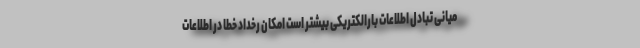
میانی تبادل اطلاعات بارالکتریکی بیشتر است امکان رخداد خطا در اطلاعات